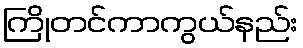
ကြိုတင်ကာကွယ်နည်း